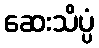
ဆေးသိပ္ပံ